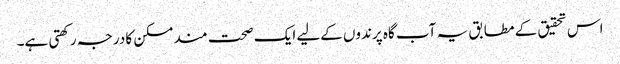
اس تحقیق کے مطابق یہ آب گاہ پرندوں کےلیے ایک صحت مند مسکن کا درجہ رکھتی ہے۔